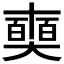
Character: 𠁗